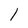
Character: 1